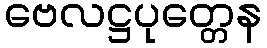
ဗေလဋ္ဌပုတ္တေန